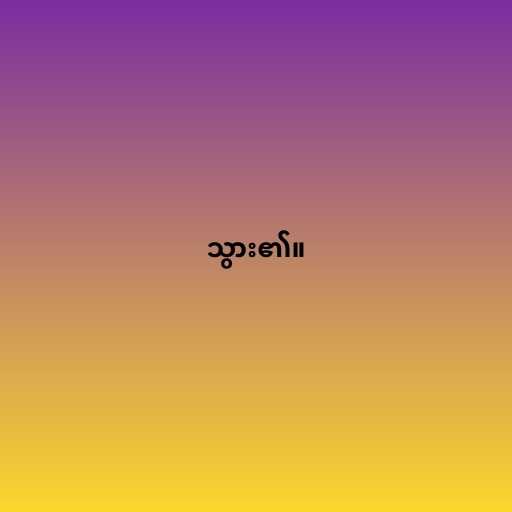
သွား၏။